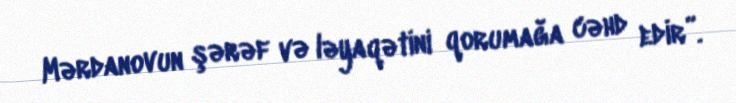
Mərdanovun şərəf və ləyaqətini qorumağa cəhd edir”.